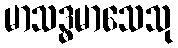
မာသဒ္ဓမာသေသု